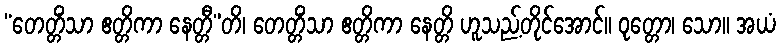
“တေတ္တိံသာ ဧတ္တိကာ နေတ္တီ”တိ၊ တေတ္တိံသာ ဧတ္တိကာ နေတ္တိ ဟူသည့်တိုင်အောင်။ ဝုတ္တော၊ သော။ အယံ